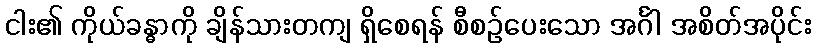
ငါး၏ ကိုယ်ခန္ဓာကို ချိန်သားတကျ ရှိစေရန် စီစဉ်ပေးသော အင်္ဂါ အစိတ်အပိုင်း